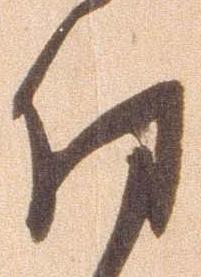
拝